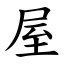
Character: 屋